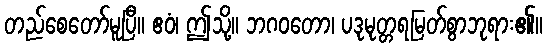
တည်စေတော်မူပြီ။ ဧဝံ၊ ဤသို့။ ဘဂဝတော၊ ပဒုမုတ္တရမြတ်စွာဘုရား၏။